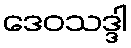
ဒေဝသဒ္ဒါ